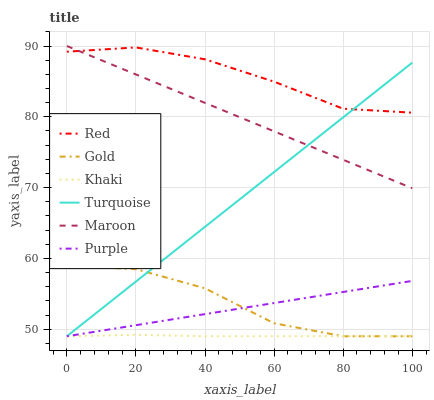
| xaxis_label | Red | Gold | Khaki | Turquoise | Maroon | Purple |
 | --- | --- | --- | --- | --- | --- | --- |
 | 0 | 89.2 | 59 | 49 | 49 | 90 | 49 |
 | 20 | 89.8 | 58.5 | 49.2 | 56.7 | 86 | 50.6 |
 | 40 | 88.1 | 55.8 | 49 | 64.5 | 82 | 52.1 |
 | 60 | 85 | 50.8 | 49 | 72.2 | 77.9 | 53.7 |
 | 80 | 81.1 | 49 | 49 | 79.9 | 73.9 | 55.3 |
 | 100 | 80.6 | 49 | 49 | 87.7 | 69.9 | 56.8 |